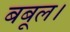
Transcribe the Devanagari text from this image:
बबूल।